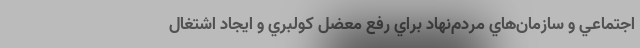
اجتماعي و سازمان‌هاي مردم‌نهاد براي رفع معضل كولبري و ايجاد اشتغال